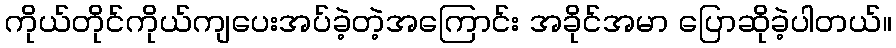
ကိုယ်တိုင်ကိုယ်ကျပေးအပ်ခဲ့တဲ့အကြောင်း အခိုင်အမာ ပြောဆိုခဲ့ပါတယ်။